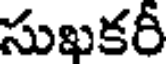
సుఖకరీ